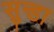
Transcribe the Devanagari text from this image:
सुन्डा